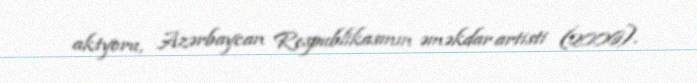
aktyoru, Azərbaycan Respublikasının əməkdar artisti (2006).